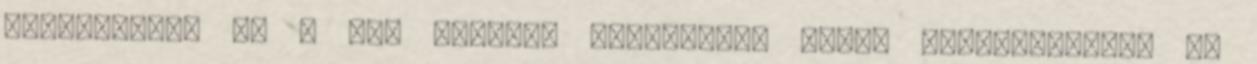
GROUNDWATER AT A NON FERROUS INDUSTRIAL SITE, Vanbroekhoven et